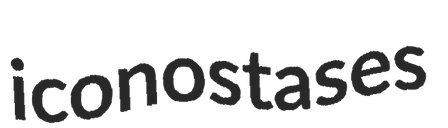
iconostases